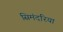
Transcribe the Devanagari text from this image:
सिमंदरिया